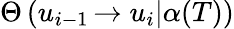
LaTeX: \Theta\left(u_{i-1}\left.\rightarrow u_{i}\right|\alpha(T)\right)